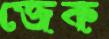
জেক